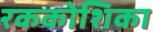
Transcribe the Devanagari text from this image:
रककोशिका